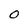
Character: 0